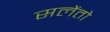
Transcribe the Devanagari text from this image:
सलेंतो